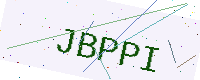
Text: JBPPI